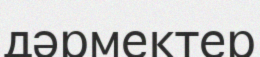
дәрмектер